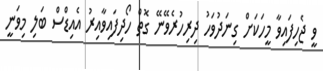
ވީ ޖެހިފައިވާ މީހަކަށް ގިނަދުވަހު ދިރިހުރެވޭނޭ ގޮތް ހޯދިފައިވާއިރު އެއިޑްސް ބަލި މިވަނީ